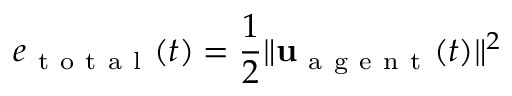
e _ { \mathrm { ~ t ~ o ~ t ~ a ~ l ~ } } ( t ) = \frac { 1 } { 2 } \| \mathbf { u } _ { \mathrm { ~ a ~ g ~ e ~ n ~ t ~ } } ( t ) \| ^ { 2 }